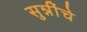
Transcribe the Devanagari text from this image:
सुन्नींचे